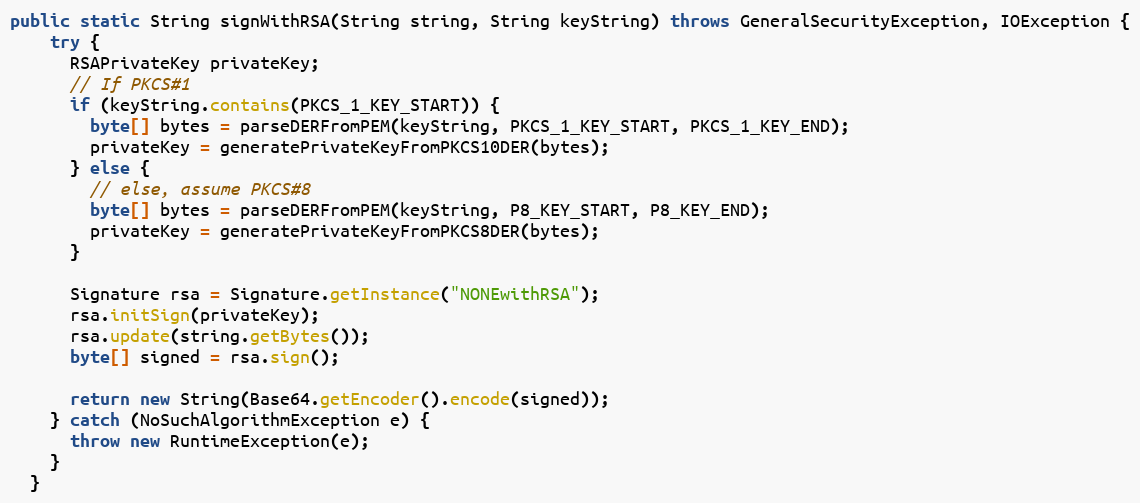
Language: Java
public static String signWithRSA(String string, String keyString) throws GeneralSecurityException, IOException {
    try {
      RSAPrivateKey privateKey;
      // If PKCS#1
      if (keyString.contains(PKCS_1_KEY_START)) {
        byte[] bytes = parseDERFromPEM(keyString, PKCS_1_KEY_START, PKCS_1_KEY_END);
        privateKey = generatePrivateKeyFromPKCS10DER(bytes);
      } else {
        // else, assume PKCS#8
        byte[] bytes = parseDERFromPEM(keyString, P8_KEY_START, P8_KEY_END);
        privateKey = generatePrivateKeyFromPKCS8DER(bytes);
      }

      Signature rsa = Signature.getInstance("NONEwithRSA");
      rsa.initSign(privateKey);
      rsa.update(string.getBytes());
      byte[] signed = rsa.sign();

      return new String(Base64.getEncoder().encode(signed));
    } catch (NoSuchAlgorithmException e) {
      throw new RuntimeException(e);
    }
  }